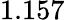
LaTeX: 1.157